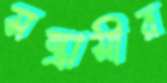
সন্ত্রাসীর